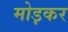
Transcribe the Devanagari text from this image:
मोड़़कर